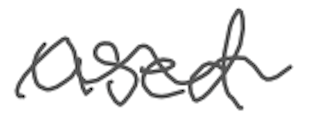
Text: used
Cross-out: wave
Writing tool: digital_gray